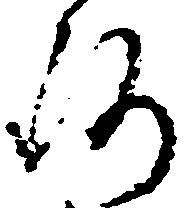
洛